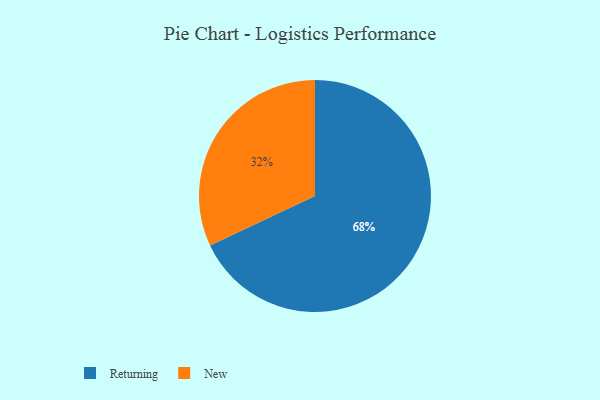
{"axis": {"x": "Category", "y": "Percentage"}, "legend": ["New", "Returning"], "data": [{"x": "New", "y": 32, "type": "New"}, {"x": "Returning", "y": 68, "type": "Returning"}]}